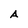
Character: A